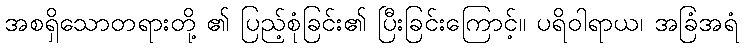
အစရှိသောတရားတို့ ၏ ပြည့်စုံခြင်း၏ ပြီးခြင်းကြောင့်။ ပရိဝါရာယ၊ အခြံအရံ